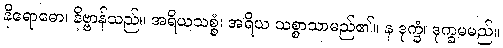
နိရောဓော၊ နိဗ္ဗာန်သည်။ အရိယသစ္စံ၊ အရိယ သစ္စာသာမည်၏။ န ဒုက္ခံ၊ ဒုက္ခမမည်။